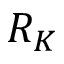
R _ { K }